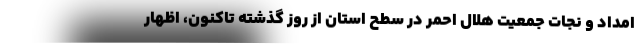
امداد و نجات جمعیت هلال احمر در سطح استان از روز گذشته تاکنون، اظهار